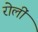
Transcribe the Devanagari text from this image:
रोलीं